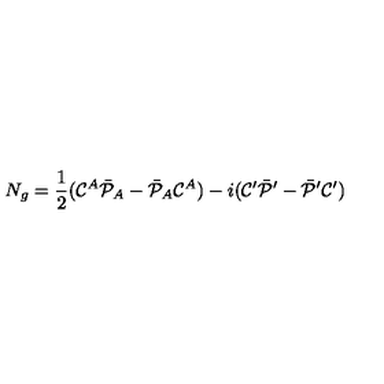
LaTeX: N _ { g } = { \frac { 1 } { 2 } } ( { \cal C } ^ { A } \bar { \cal P } _ { A } - \bar { \cal P } _ { A } { \cal C } ^ { A } ) - i ( { \cal C } ^ { \prime } \bar { \cal P } ^ { \prime } - \bar { \cal P } ^ { \prime } { \cal C } ^ { \prime } )